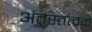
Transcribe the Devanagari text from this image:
अंतस्तत्वक